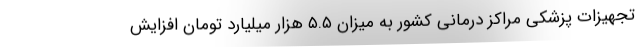
تجهیزات پزشکی مراکز درمانی کشور به میزان ۵.۵ هزار میلیارد تومان افزایش